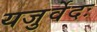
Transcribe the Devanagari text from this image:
यजुर्वेदः